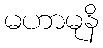
မဟာမုနိ